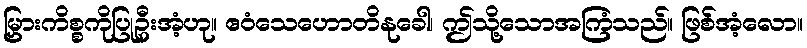
မြှားကိစ္စကိုပြုဦးအံ့ဟု။ ဧဝံသေဟောတိနုခေါ၊ ဤသို့သောအကြံသည်။ ဖြစ်အံ့လော။